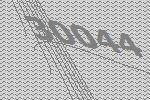
30044